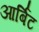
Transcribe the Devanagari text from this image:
आर्बिट